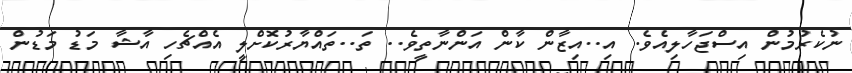
ނުކެރުމުން އިސްޖަހާލިއެވެ. އި..އިޒާން ކާން އަންނާތީވެ.. ތަ..ތައްޔާރުކޮށްލީ އެއްޗެހި އާޝާ މަޑު މަޑުން